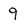
Character: 9